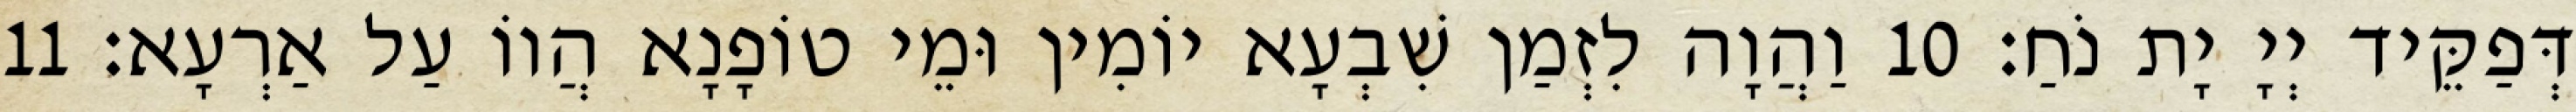
דְּפַקֵּיד יְיָ יָת נֹחַ׃ 10 וַהֲוָה לִזְמַן שִׁבְעָא יוֹמִין וּמֵי טוֹפָנָא הֲווֹ עַל אַרְעָא׃ 11